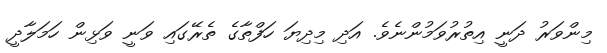
މިންވަރު ދަނީ އިތުރުވަމުންނެވެ. އަދި މިދިޔަ ހަފްތާގެ ތެރޭގައި ވަނީ ވަޅިން ހަމަލާދީ